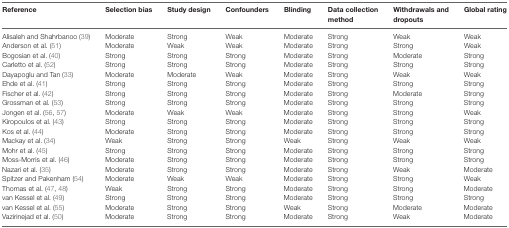
<table><thead><tr><td><b>Reference</b></td><td><b>Selection bias</b></td><td><b>Study design</b></td><td><b>Confounders</b></td><td><b>Blinding</b></td><td><b>Data collection method</b></td><td><b>Withdrawals and dropouts</b></td><td><b>Global rating</b></td></tr></thead><tbody><tr><td>Alisaleh and Shahrbanoo (39)</td><td>Moderate</td><td>Strong</td><td>Weak</td><td>Moderate</td><td>Strong</td><td>Weak</td><td>Weak</td></tr><tr><td>Anderson et al. (51)</td><td>Moderate</td><td>Weak</td><td>Weak</td><td>Moderate</td><td>Strong</td><td>Strong</td><td>Weak</td></tr><tr><td>Bogosian et al. (40)</td><td>Strong</td><td>Strong</td><td>Strong</td><td>Moderate</td><td>Strong</td><td>Moderate</td><td>Strong</td></tr><tr><td>Carletto et al. (52)</td><td>Strong</td><td>Strong</td><td>Strong</td><td>Moderate</td><td>Strong</td><td>Strong</td><td>Strong</td></tr><tr><td>Dayapoglu and Tan (33)</td><td>Moderate</td><td>Moderate</td><td>Weak</td><td>Moderate</td><td>Strong</td><td>Weak</td><td>Weak</td></tr><tr><td>Ehde et al. (41)</td><td>Strong</td><td>Strong</td><td>Strong</td><td>Moderate</td><td>Strong</td><td>Strong</td><td>Strong</td></tr><tr><td>Fischer et al. (42)</td><td>Strong</td><td>Strong</td><td>Strong</td><td>Moderate</td><td>Strong</td><td>Moderate</td><td>Strong</td></tr><tr><td>Grossman et al. (53)</td><td>Strong</td><td>Strong</td><td>Strong</td><td>Moderate</td><td>Strong</td><td>Strong</td><td>Strong</td></tr><tr><td>Jongen et al. (56, 57)</td><td>Moderate</td><td>Weak</td><td>Weak</td><td>Moderate</td><td>Strong</td><td>Strong</td><td>Weak</td></tr><tr><td>Kiropoulos et al. (43)</td><td>Strong</td><td>Strong</td><td>Strong</td><td>Moderate</td><td>Strong</td><td>Strong</td><td>Strong</td></tr><tr><td>Kos et al. (44)</td><td>Moderate</td><td>Strong</td><td>Strong</td><td>Moderate</td><td>Strong</td><td>Strong</td><td>Strong</td></tr><tr><td>Mackay et al. (34)</td><td>Weak</td><td>Strong</td><td>Strong</td><td>Weak</td><td>Strong</td><td>Weak</td><td>Weak</td></tr><tr><td>Mohr et al. (45)</td><td>Strong</td><td>Strong</td><td>Strong</td><td>Moderate</td><td>Strong</td><td>Strong</td><td>Strong</td></tr><tr><td>Moss-Morris et al. (46)</td><td>Moderate</td><td>Strong</td><td>Strong</td><td>Moderate</td><td>Strong</td><td>Strong</td><td>Strong</td></tr><tr><td>Nazari et al. (35)</td><td>Moderate</td><td>Strong</td><td>Strong</td><td>Moderate</td><td>Strong</td><td>Weak</td><td>Moderate</td></tr><tr><td>Spitzer and Pakenham (54)</td><td>Moderate</td><td>Weak</td><td>Weak</td><td>Moderate</td><td>Strong</td><td>Strong</td><td>Weak</td></tr><tr><td>Thomas et al. (47, 48)</td><td>Weak</td><td>Strong</td><td>Strong</td><td>Moderate</td><td>Strong</td><td>Strong</td><td>Moderate</td></tr><tr><td>van Kessel et al. (49)</td><td>Strong</td><td>Strong</td><td>Strong</td><td>Moderate</td><td>Strong</td><td>Strong</td><td>Strong</td></tr><tr><td>van Kessel et al. (55)</td><td>Moderate</td><td>Strong</td><td>Strong</td><td>Weak</td><td>Strong</td><td>Moderate</td><td>Moderate</td></tr><tr><td>Vazirinejad et al. (50)</td><td>Moderate</td><td>Strong</td><td>Strong</td><td>Moderate</td><td>Strong</td><td>Weak</td><td>Moderate</td></tr></tbody></table>